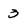
Character: 3